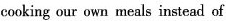
cooking our own meals instead of